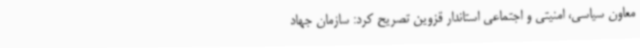
معاون سیاسی، امنیتی و اجتماعی استاندار قزوین تصریح کرد: سازمان جهاد